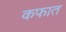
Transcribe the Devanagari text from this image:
कफात